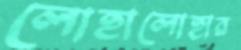
লোহালোহার